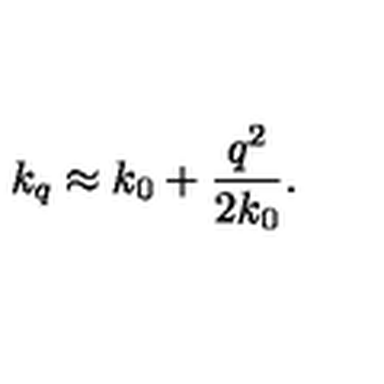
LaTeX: k _ { q } \approx k _ { 0 } + \frac { q ^ { 2 } } { 2 k _ { 0 } } .